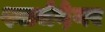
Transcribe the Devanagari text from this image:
श्वार्जने़गर